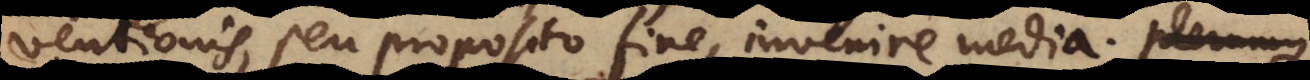
inventionis, seu proposito fine, invenire media. Plerumque